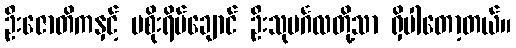
ဦးဇောတိကနှင့် မစိုးရိမ်ချောင် ဦးသုမင်္ဂလတို့သာ ရှိပါတော့တယ်။